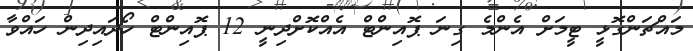
މައްޗަންގޮޅީ ޓީމަށް އެންމެ ގިނަ ޕޮއިންޓް އެއްކޮށްދިނީ 12 ޕޮއިންޓް ހޯދައިދިން ހައްވާ